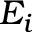
E _ { i }